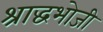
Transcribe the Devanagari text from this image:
श्राद्धभोजी